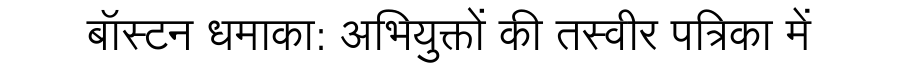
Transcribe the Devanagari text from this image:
बॉस्टन धमाका: अभियुक्तों की तस्वीर पत्रिका में